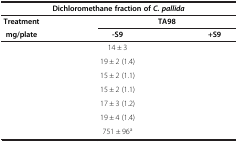
<table><thead><tr><td colspan="3"><b>Dichloromethane fraction of <i>C. pallida</i></b></td></tr><tr><td><b>Treatment</b></td><td colspan="2"><b>TA98</b></td></tr><tr><td><b>mg/plate</b></td><td><b>-S9</b></td><td><b>+S9</b></td></tr></thead><tbody><tr><td>[EMPTY_CELL]</td><td>14 ± 3</td><td>[EMPTY_CELL]</td></tr><tr><td>[EMPTY_CELL]</td><td>19 ± 2 (1.4)</td><td>[EMPTY_CELL]</td></tr><tr><td>[EMPTY_CELL]</td><td>15 ± 2 (1.1)</td><td>[EMPTY_CELL]</td></tr><tr><td>[EMPTY_CELL]</td><td>15 ± 2 (1.1)</td><td>[EMPTY_CELL]</td></tr><tr><td>[EMPTY_CELL]</td><td>17 ± 3 (1.2)</td><td>[EMPTY_CELL]</td></tr><tr><td>[EMPTY_CELL]</td><td>19 ± 4 (1.4)</td><td>[EMPTY_CELL]</td></tr><tr><td>[EMPTY_CELL]</td><td>751 ± 96<sup>a</sup></td><td>[EMPTY_CELL]</td></tr></tbody></table>